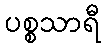
ပစ္စသာရီ